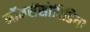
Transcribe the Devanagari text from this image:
नॉनसेंसोपिडिया